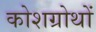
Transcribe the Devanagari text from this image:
कोशग्रोथों